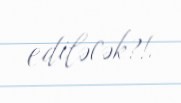
ediləcək?!.